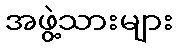
အဖွဲ့သားများ